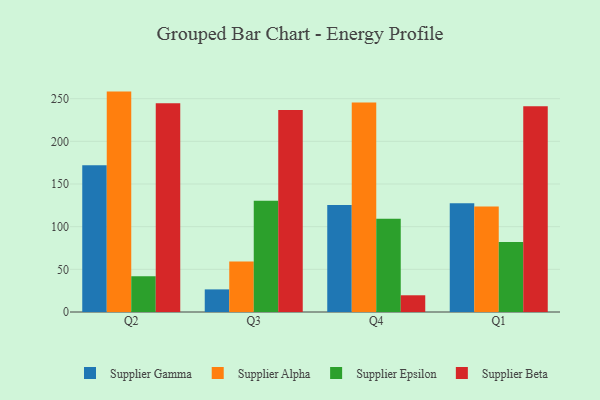
{"axis": {"x": "Quarter", "y": "Gross Profit (USD K)"}, "legend": ["Supplier Alpha", "Supplier Beta", "Supplier Epsilon", "Supplier Gamma"], "data": [{"x": "Q2", "y": 171.9, "type": "Supplier Gamma"}, {"x": "Q2", "y": 258.3, "type": "Supplier Alpha"}, {"x": "Q2", "y": 41.9, "type": "Supplier Epsilon"}, {"x": "Q2", "y": 244.6, "type": "Supplier Beta"}, {"x": "Q3", "y": 26.5, "type": "Supplier Gamma"}, {"x": "Q3", "y": 59.3, "type": "Supplier Alpha"}, {"x": "Q3", "y": 130.4, "type": "Supplier Epsilon"}, {"x": "Q3", "y": 236.6, "type": "Supplier Beta"}, {"x": "Q4", "y": 125.3, "type": "Supplier Gamma"}, {"x": "Q4", "y": 245.6, "type": "Supplier Alpha"}, {"x": "Q4", "y": 109.4, "type": "Supplier Epsilon"}, {"x": "Q4", "y": 19.6, "type": "Supplier Beta"}, {"x": "Q1", "y": 127.4, "type": "Supplier Gamma"}, {"x": "Q1", "y": 123.7, "type": "Supplier Alpha"}, {"x": "Q1", "y": 82.1, "type": "Supplier Epsilon"}, {"x": "Q1", "y": 241.0, "type": "Supplier Beta"}]}